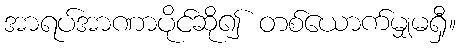
အာရပ်အာဏာပိုင်ဆို၍ တစ်ယောက်မျှမရှီ။